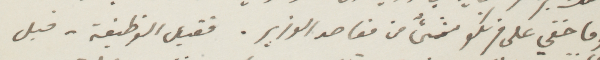
وما خفي على فرنكو شيء من مقاصد الوزير. فقبل الوظيفة - قبل